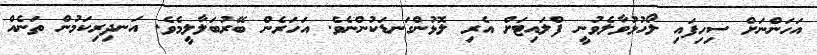
އަހަންނަށް ސިހިފައި ލޯހުޅުވާލެވުނީ ފްލައިޓަށް އެރި ލޮޅުންގަނޑަކުންނެވެ. އަހަރެން ބޭރުބަލާލީމެވެ. އަނދިރިކަމުން ތަނެއް